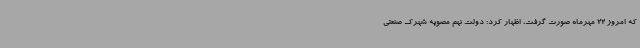
که امروز 22 مهرماه صورت گرفت، اظهار کرد: دولت نهم مصوبه شهرک صنعتی